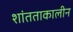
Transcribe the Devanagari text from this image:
शांतताकालीन